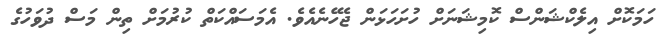
ހަމަކޮށް އިލެކްޝަންސް ކޮމިޝަނަށް ހުށަހަޅަން ޖެހޭނެއެވެ. އެމަސައްކަތް ކުރުމަށް ތިން މަސް ދުވަހުގެ